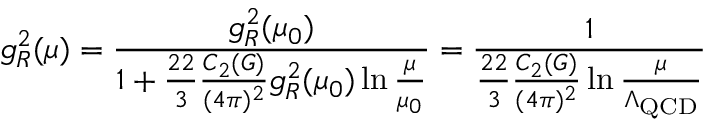
g _ { R } ^ { 2 } ( \mu ) = { \frac { g _ { R } ^ { 2 } ( \mu _ { 0 } ) } { 1 + { \frac { 2 2 } { 3 } } { \frac { C _ { 2 } ( G ) } { ( 4 \pi ) ^ { 2 } } } g _ { R } ^ { 2 } ( \mu _ { 0 } ) \ln { \frac { \mu } { \mu _ { 0 } } } } } = { \frac { 1 } { { \frac { 2 2 } { 3 } } { \frac { C _ { 2 } ( G ) } { ( 4 \pi ) ^ { 2 } } } \ln { \frac { \mu } { \Lambda _ { \mathrm { Q C D } } } } } }